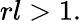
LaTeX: rl>1.